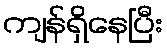
ကျန်ရှိနေပြီး